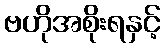
ဗဟိုအစိုးရနှင့်